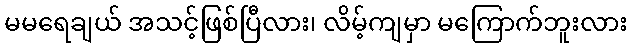
မမရေချယ် အသင့်ဖြစ်ပြီလား၊ လိမ့်ကျမှာ မကြောက်ဘူးလား